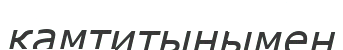
қамтитынымен